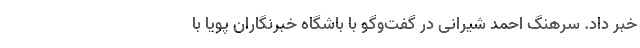
خبر داد. سرهنگ احمد شیرانی در گفت‌وگو با باشگاه خبرنگاران پویا با